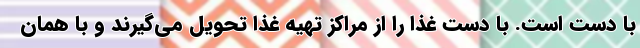
با دست است. با دست غذا را از مراکز تهیه غذا تحویل می‌گیرند و با همان